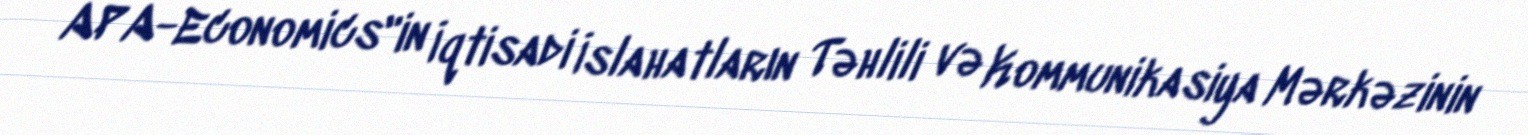
APA-Economics"in İqtisadi İslahatların Təhlili və Kommunikasiya Mərkəzinin